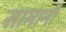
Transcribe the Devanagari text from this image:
सामानॉ